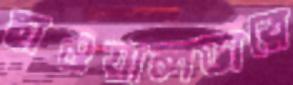
ছাওয়ালডারে